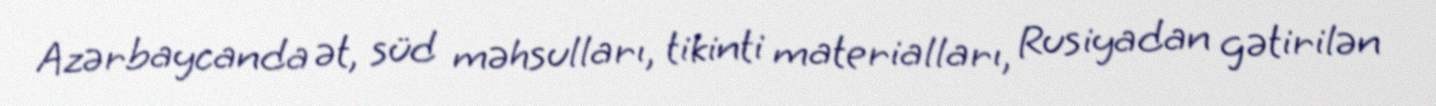
Azərbaycanda ət, süd məhsulları, tikinti materialları, Rusiyadan gətirilən